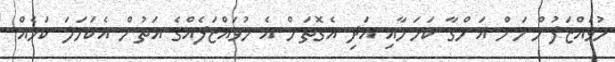
މުވައްޒަފުންނަށް އަންގާ ކަމަށާއި އަދި އެގޮތަށް އެ މުވައްޒަފެއްގެ އަތުން އެކަހަލަ ކަމެއް